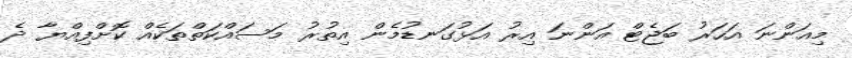
މިއަންނަ އަހަރު ބަޖެޓް އަންނަ އިރު އަޅުގަނޑުމެން އިތުރު މަސައްކަތްތަކެއް ކޮށްފިއްޔާ ދެ